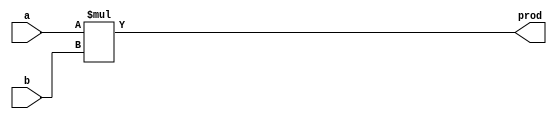
`timescale 1ns / 1ps
//////////////////////////////////////////////////////////////////////////////////
// Name: Andrew Camps, Jason Tran, Steve Miller
// Project: Project 1
// Description: Multiplier
//////////////////////////////////////////////////////////////////////////////////


module MUL(a, b, prod);

    parameter DATAWIDTH = 64;

    input [DATAWIDTH - 1:0] a, b;
    output reg [DATAWIDTH - 1:0] prod;
    
    always @(*) begin
    
        prod <= a * b;
    
    end
    
endmodule